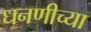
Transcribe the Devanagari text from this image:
धनणीच्या